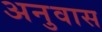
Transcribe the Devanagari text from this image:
अनुवास